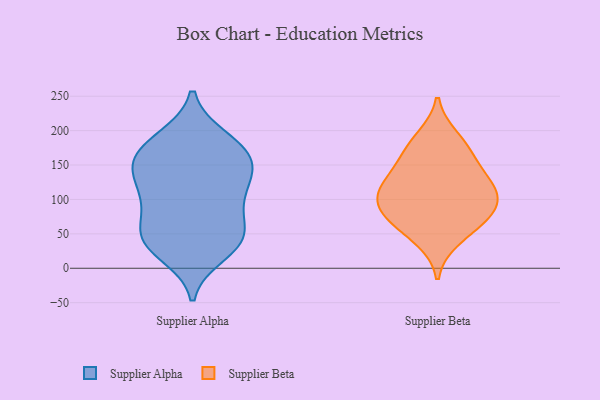
{"axis": {"x": "Budget (USD K)", "y": "Value"}, "legend": ["Supplier Alpha", "Supplier Beta"], "data": [{"x": "", "y": 97, "type": "Supplier Alpha"}, {"x": "", "y": 47, "type": "Supplier Alpha"}, {"x": "", "y": 98, "type": "Supplier Alpha"}, {"x": "", "y": 88, "type": "Supplier Alpha"}, {"x": "", "y": 37, "type": "Supplier Alpha"}, {"x": "", "y": 145, "type": "Supplier Alpha"}, {"x": "", "y": 188, "type": "Supplier Alpha"}, {"x": "", "y": 44, "type": "Supplier Alpha"}, {"x": "", "y": 153, "type": "Supplier Alpha"}, {"x": "", "y": 50, "type": "Supplier Alpha"}, {"x": "", "y": 154, "type": "Supplier Alpha"}, {"x": "", "y": 165, "type": "Supplier Alpha"}, {"x": "", "y": 21, "type": "Supplier Alpha"}, {"x": "", "y": 126, "type": "Supplier Alpha"}, {"x": "", "y": 189, "type": "Supplier Alpha"}, {"x": "", "y": 39, "type": "Supplier Alpha"}, {"x": "", "y": 125, "type": "Supplier Alpha"}, {"x": "", "y": 169, "type": "Supplier Alpha"}, {"x": "", "y": 117, "type": "Supplier Beta"}, {"x": "", "y": 95, "type": "Supplier Beta"}, {"x": "", "y": 113, "type": "Supplier Beta"}, {"x": "", "y": 156, "type": "Supplier Beta"}, {"x": "", "y": 173, "type": "Supplier Beta"}, {"x": "", "y": 135, "type": "Supplier Beta"}, {"x": "", "y": 71, "type": "Supplier Beta"}, {"x": "", "y": 190, "type": "Supplier Beta"}, {"x": "", "y": 70, "type": "Supplier Beta"}, {"x": "", "y": 81, "type": "Supplier Beta"}, {"x": "", "y": 110, "type": "Supplier Beta"}, {"x": "", "y": 42, "type": "Supplier Beta"}]}